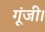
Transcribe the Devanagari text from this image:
गूंजी।